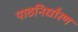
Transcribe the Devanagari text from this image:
पाठनिर्धारण